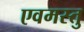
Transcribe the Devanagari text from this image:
एवमस्तु